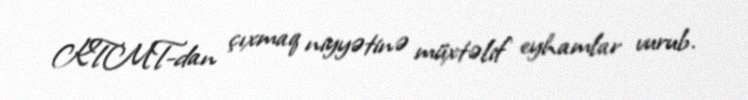
KTMT-dan çıxmaq niyyətinə müxtəlif eyhamlar vurub.